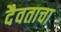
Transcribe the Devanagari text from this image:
दैवताचा